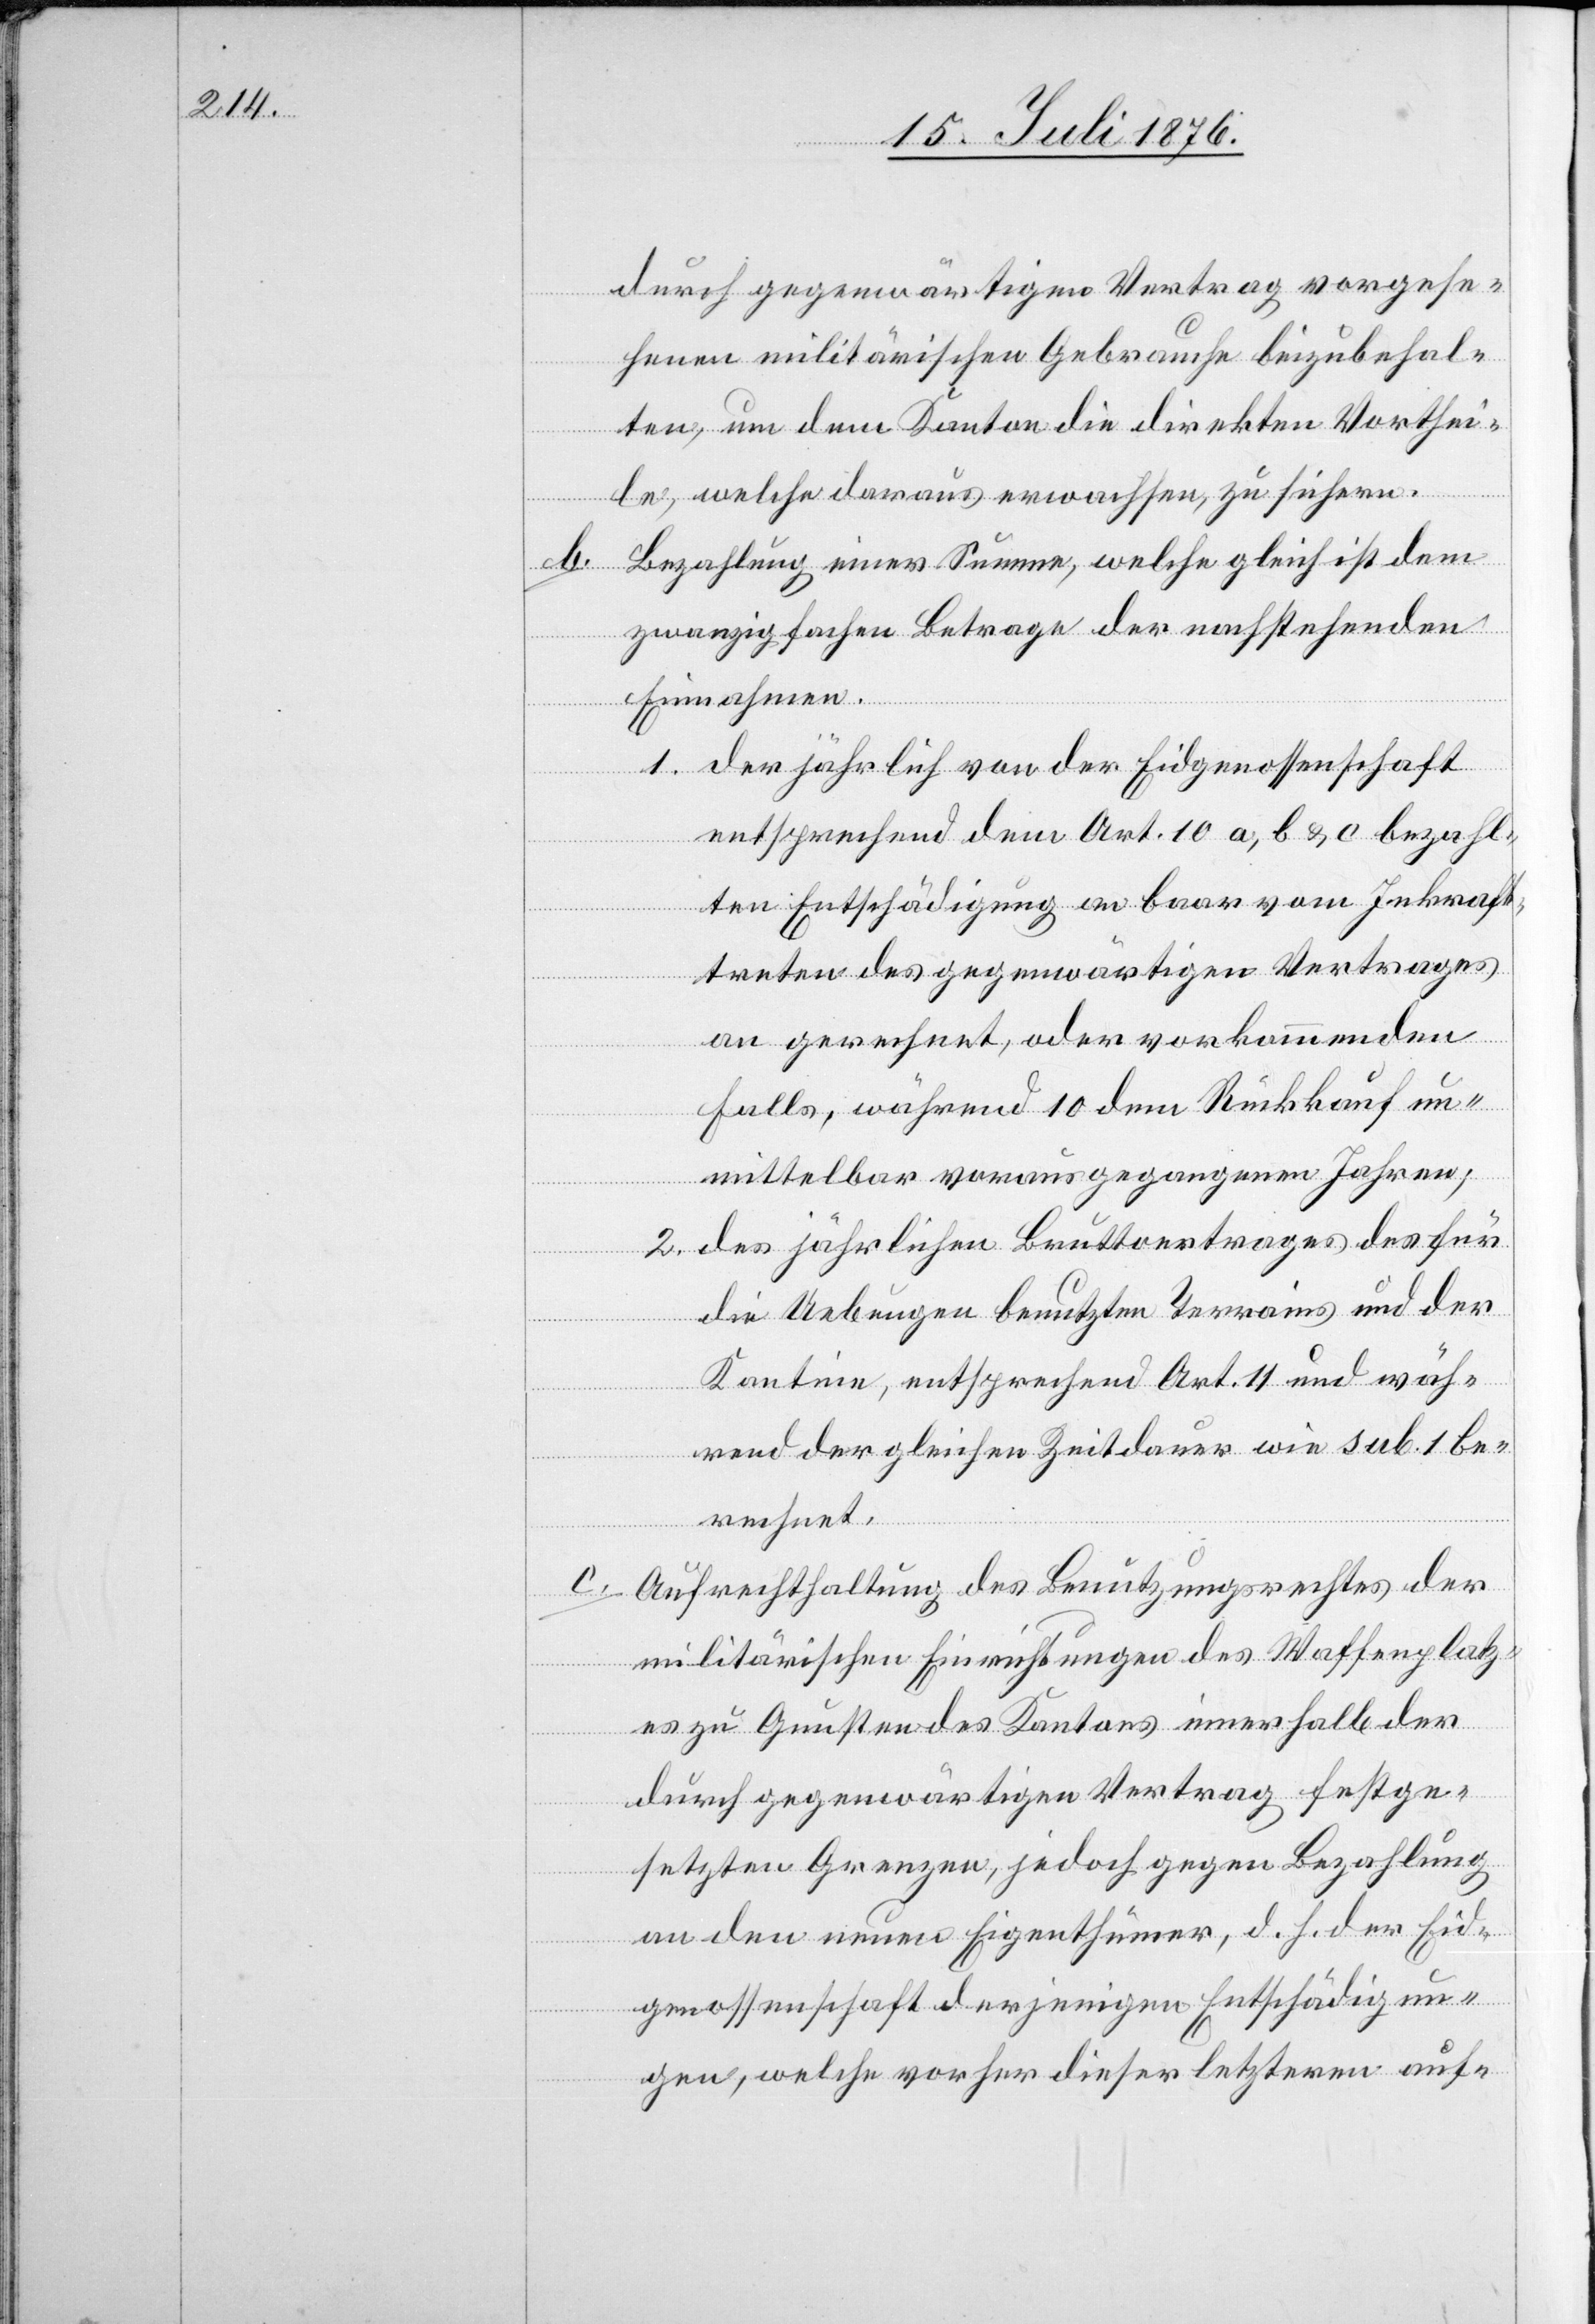
durch gegenwärtigen Vertrag vorgese¬
henen militärischen Gebrauche beizubehal¬
ten, um dem Kanton die direkten Vorthei¬
le, welche daraus erwachsen, zu sichern.
Bezahlung einer Summe, welche gleich ist dem
zwanzigfachen Betrage der nachstehenden
Einnahmen.
1. der jährlich von der Eidgenossenschaft
entsprechend dem Art. 10 a, b & c bezahl¬
ten Entschädigung an baar vom Inkraft¬
treten des gegenwärtigen Vertrages
an gerechnet, oder vorkommenden
Falls, während 10 dem Rückkauf un¬
mittelbar vorausgegangenen Jahren;
2. des jährlichen Bruttovertrages des für
die Uebungen benutzten Terrains und der
Kantine, entsprechend Art. 11 und wäh¬
rend der gleichen Zeitdauer wie sub. 1 be¬
rechnet.
c. Aufrechthaltung des Benutzungsrechtes der
militärischen Einrichtungen des Waffenplatz¬
es zu Gunsten des Kantons innerhalb der
durch gegenwärtigen Vertrag festge¬
setzten Grenzen, jedoch gegen Bezahlung
an den neuen Eigenthümer, d. h. der Eid¬
genossenschaft derjenigen Entschädigun¬
gen, welche vorher dieser letztern auf-